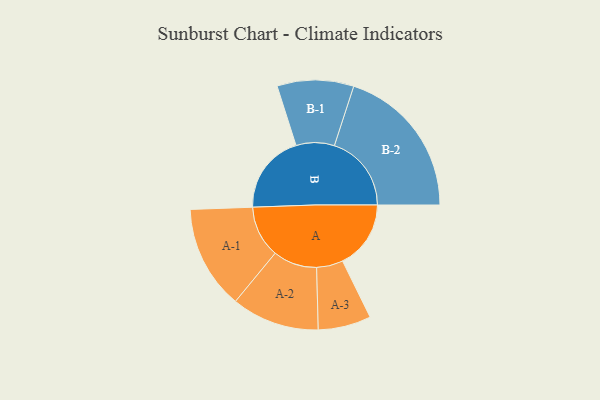
{"axis": {"x": "Segment", "y": "Value"}, "legend": ["", "A", "B"], "data": [{"x": "A", "y": 266, "type": ""}, {"x": "B", "y": 310, "type": ""}, {"x": "A-1", "y": 202, "type": "A"}, {"x": "A-2", "y": 171, "type": "A"}, {"x": "A-3", "y": 103, "type": "A"}, {"x": "B-1", "y": 149, "type": "B"}, {"x": "B-2", "y": 300, "type": "B"}]}